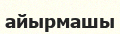
айырмашы